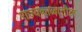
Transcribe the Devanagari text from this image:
राज्यकाळातील